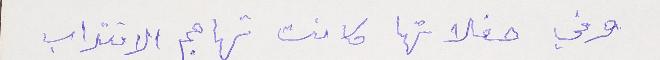
وفي حفلاتها كانت تهاجم الانتداب